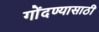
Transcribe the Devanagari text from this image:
गोंदण्यासाठी